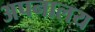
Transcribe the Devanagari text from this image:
अपनालय